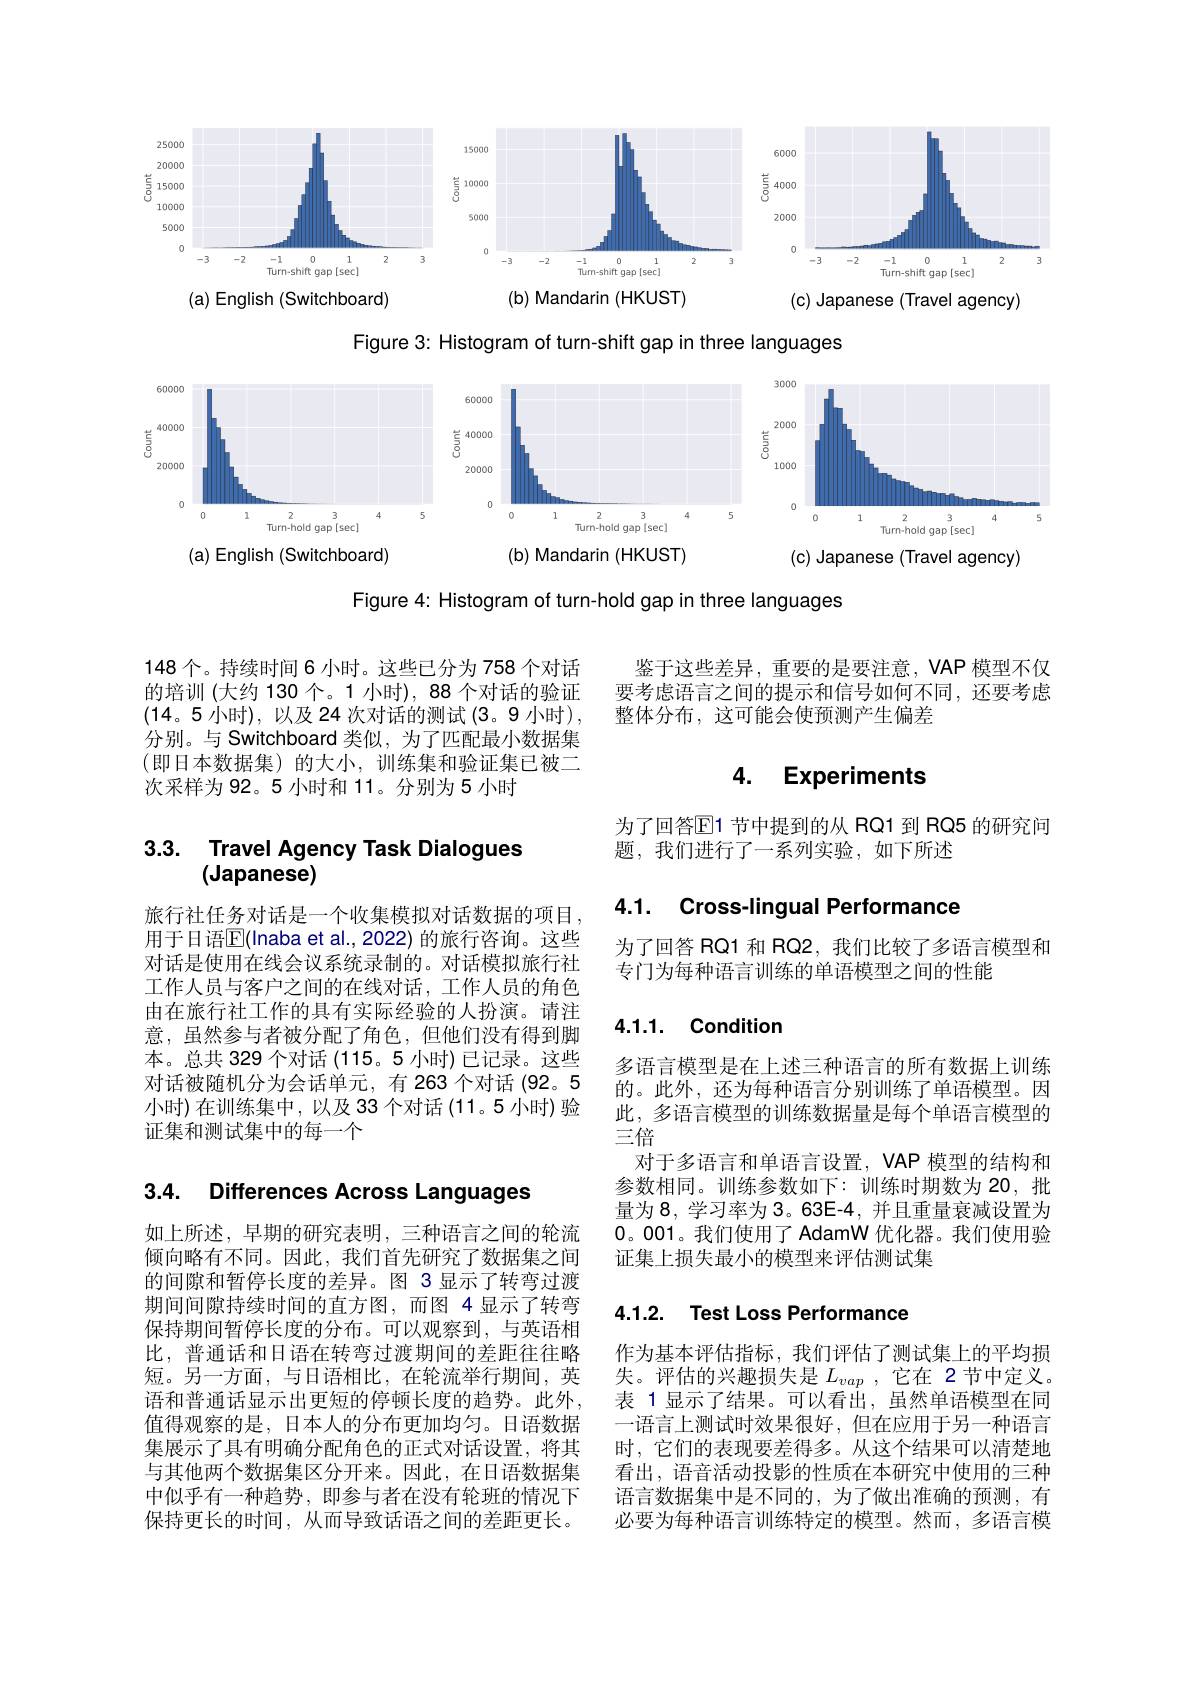
<FigureHere>

Figure 3: Histogram of turn-shift gap in three languages

<FigureHere>

Figure 4: Histogram of turn-hold gap in three languages

148个。持续时间 6 小时。这些已分为 758 个对话的培训 (大约 130 个。1 小时), 88 个对话的验证(14。5 小时),以及24 次对话的测试(3。9 小时), 分别。与 Switchboard 类似，为了匹配最小数据集(即日本数据集)的大小，训练集和验证集已被二次采样为 92。5 小时和 11。分别为 5 小时

## 3.3. Travel Agency Task Dialogues (Japanese)

旅行社任务对话是一个收集模拟对话数据的项目用于日语$\overline{\mathbb{E}}($Inaba et al., 2022) 的旅行咨询。这些对话是使用在线会议系统录制的。对话模拟旅行社工作人员与客户之间的在线对话，工作人员的角色由在旅行社工作的具有实际经验的人扮演。请注意，虽然参与者被分配了角色，但他们没有得到脚本。总共 329 个对话 (115。5 小时) 已记录。这些对话被随机分为会话单元，有 263 个对话 (92。5小时)在训练集中，以及33个对话(11。5 小时)验证集和测试集中的每一个

3.4. Differences Across Languages

如上所述，早期的研究表明，三种语言之间的轮流倾向略有不同。因此，我们首先研究了数据集之间的间隙和暂停长度的差异。图 3显示了转弯过渡期间间隙持续时间的直方图，而图 4 显示了转弯保持期间暂停长度的分布。可以观察到，与英语相比，普通话和日语在转弯过渡期间的差距往往略短。另一方面，与日语相比，在轮流举行期间，英语和普通话显示出更短的停顿长度的趋势。此外， 值得观察的是，日本人的分布更加均匀。日语数据集展示了具有明确分配角色的正式对话设置，将其与其他两个数据集区分开来。因此，在日语数据集中似乎有一种趋势，即参与者在没有轮班的情况下保持更长的时间，从而导致话语之间的差距更长。

鉴于这些差异，重要的是要注意，VAP 模型不仅要考虑语言之间的提示和信号如何不同，还要考虑整体分布，这可能会使预测产生偏差

### 4. Experiments

为了回答$\overline{\mathbb{E}}$1 节中提到的从 RQ1 到 RQ5 的研究问
题，我们进行了一系列实验，如下所述

4.1. Cross-lingual Performance

为了回答 RQ1 和 RQ2, 我们比较了多语言模型和
专门为每种语言训练的单语模型之间的性能

### 4.1.1. Conditior

多语言模型是在上述三种语言的所有数据上训练的。此外，还为每种语言分别训练了单语模型。因此，多语言模型的训练数据量是每个单语言模型的三倍
对于多语言和单语言设置，VAP 模型的结构和参数相同。训练参数如下：训练时期数为 20,批量为8，学习率为 3。63E-4,并且重量衰减设置为0。001。我们使用了 AdamW 优化器。我们使用验证集上损失最小的模型来评估测试集

# 4.1.2. Test Loss Performance

作为基本评估指标，我们评估了测试集上的平均损失。评估的兴趣损失是$L_vap$ ,它在 2节中定义。表 1 显示了结果。可以看出，虽然单语模型在同一语言上测试时效果很好，但在应用于另一种语言时，它们的表现要差得多。从这个结果可以清楚地看出，语音活动投影的性质在本研究中使用的三种语言数据集中是不同的，为了做出准确的预测，有必要为每种语言训练特定的模型。然而，多语言模